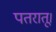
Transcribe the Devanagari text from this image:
पतरातू।